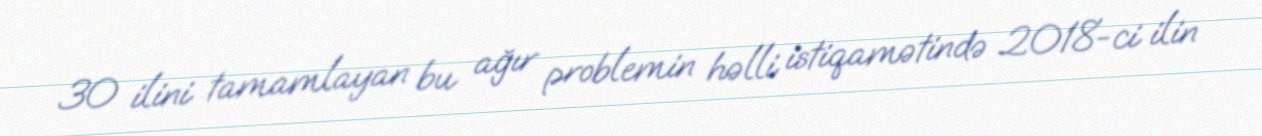
30 ilini tamamlayan bu ağır problemin həlli istiqamətində 2018-ci ilin